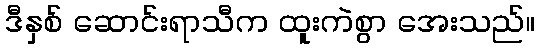
ဒီနှစ် ဆောင်းရာသီက ထူးကဲစွာ အေးသည်။